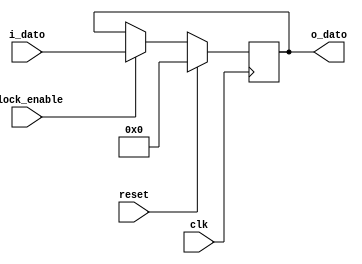
`timescale 1ns / 1ps
//////////////////////////////////////////////////////////////////////////////////
// Company: 
// Engineer: 
// 
// Design Name: 
// Module Name:    tres 
// Project Name: 
// Target Devices: 
// Tool versions: 
// Description: 
/*
3.	Desarrolle un modelo en Verilog de un registro similar al del punto 1 
pero agregando "clock-enable" y reset sncrono. El registro debe poder almacenar
 enteros en complemento a 2.
*/
// Dependencies: 
//
// Revision: 
// Revision 0.01 - File Created
// Additional Comments: 
//
//////////////////////////////////////////////////////////////////////////////////
module tres
	# (parameter N_BITS =32)
	( 
	input signed [N_BITS-1:0] i_dato,
	input clk, clock_enable, reset,
	output reg signed [N_BITS-1:0] o_dato
    )	;

	always @ (posedge clk)	
	begin
		if(reset)
			o_dato <= {N_BITS{1'b0}};
		
		else
		begin
			if(clock_enable)
				o_dato <= i_dato;
			else
				o_dato <= o_dato;
		end
			
		
	end


endmodule